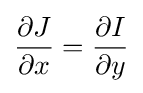
{\partial J \over \partial x}={\partial I \over \partial y}